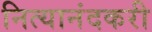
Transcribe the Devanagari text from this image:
नित्यानंदकरी